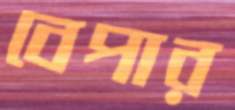
বেপার